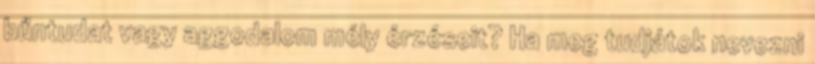
bűntudat vagy aggodalom mély érzéseit? Ha meg tudjátok nevezni